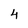
Character: 4